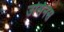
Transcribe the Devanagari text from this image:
उर्सिनस